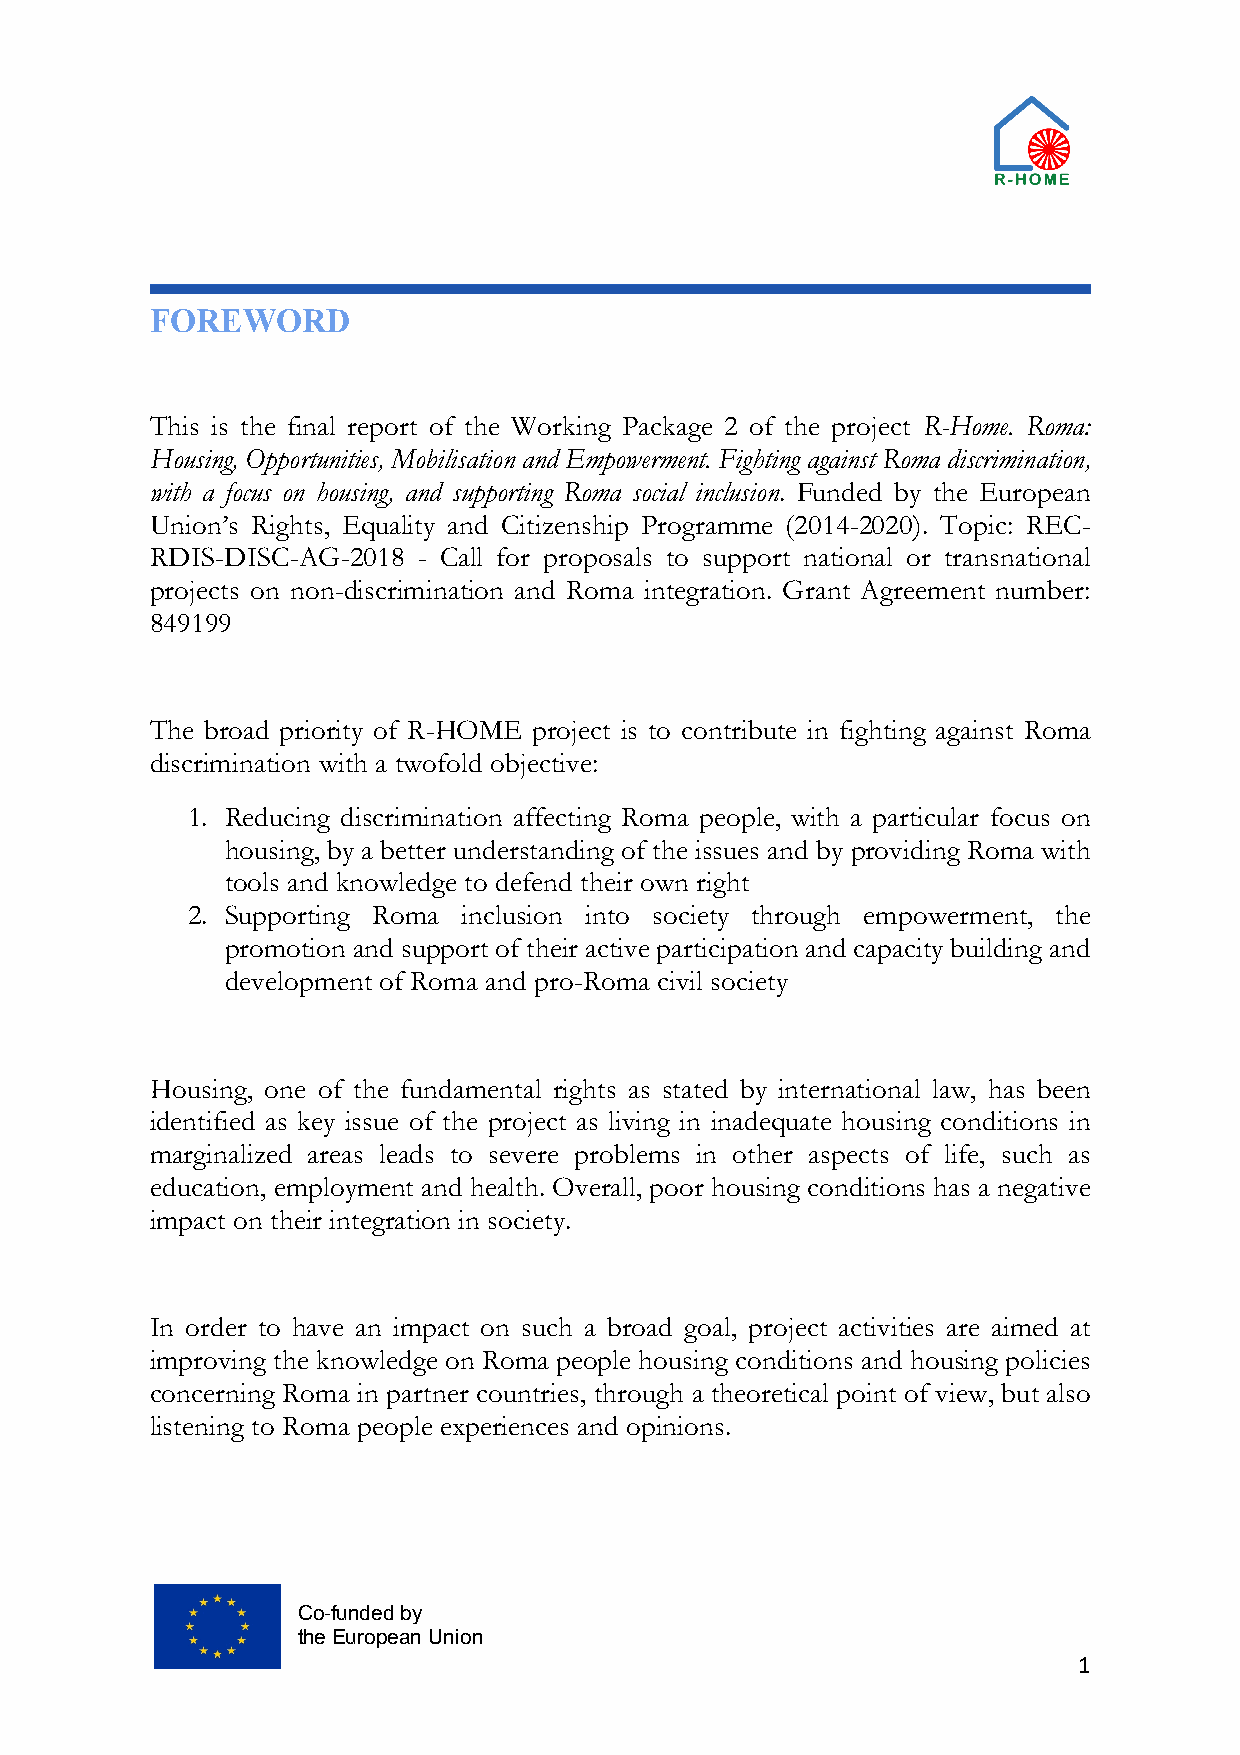
FOREWORD
 This is the final report of the Working Package 2 of the project R-Home. Roma:
 Housing, Opportunities, Mobilisation and Empowerment. Fighting against Roma discrimination,
 with a focus on housing, and supporting Roma social inclusion. Funded by the European
 Union’s Rights, Equality and Citizenship Programme (2014-2020). Topic: REC-
 RDIS-DISC-AG-2018 - Call for proposals to support national or transnational
 projects on non-discrimination and Roma integration. Grant Agreement number:
 849199
 The broad priority of R-HOME project is to contribute in fighting against Roma
 discrimination with a twofold objective:
 1. Reducing discrimination affecting Roma people, with a particular focus on
 housing, by a better understanding of the issues and by providing Roma with
 tools and knowledge to defend their own right
 2. Supporting Roma inclusion into society through empowerment, the
 promotion and support of their active participation and capacity building and
 development of Roma and pro-Roma civil society
 Housing, one of the fundamental rights as stated by international law, has been
 identified as key issue of the project as living in inadequate housing conditions in
 marginalized areas leads to severe problems in other aspects of life, such as
 education, employment and health. Overall, poor housing conditions has a negative
 impact on their integration in society.
 In order to have an impact on such a broad goal, project activities are aimed at
 improving the knowledge on Roma people housing conditions and housing policies
 concerning Roma in partner countries, through a theoretical point of view, but also
 listening to Roma people experiences and opinions.
 Co-funded by
 the European Union
 1